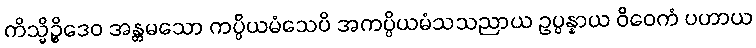
ကိသ္မိဉ္စိဒေဝ အန္တမသော ကပ္ပိယမံသေပိ အကပ္ပိယမံသသညာယ ဥပ္ပန္နာယ ဝိဝေကံ ပဟာယ